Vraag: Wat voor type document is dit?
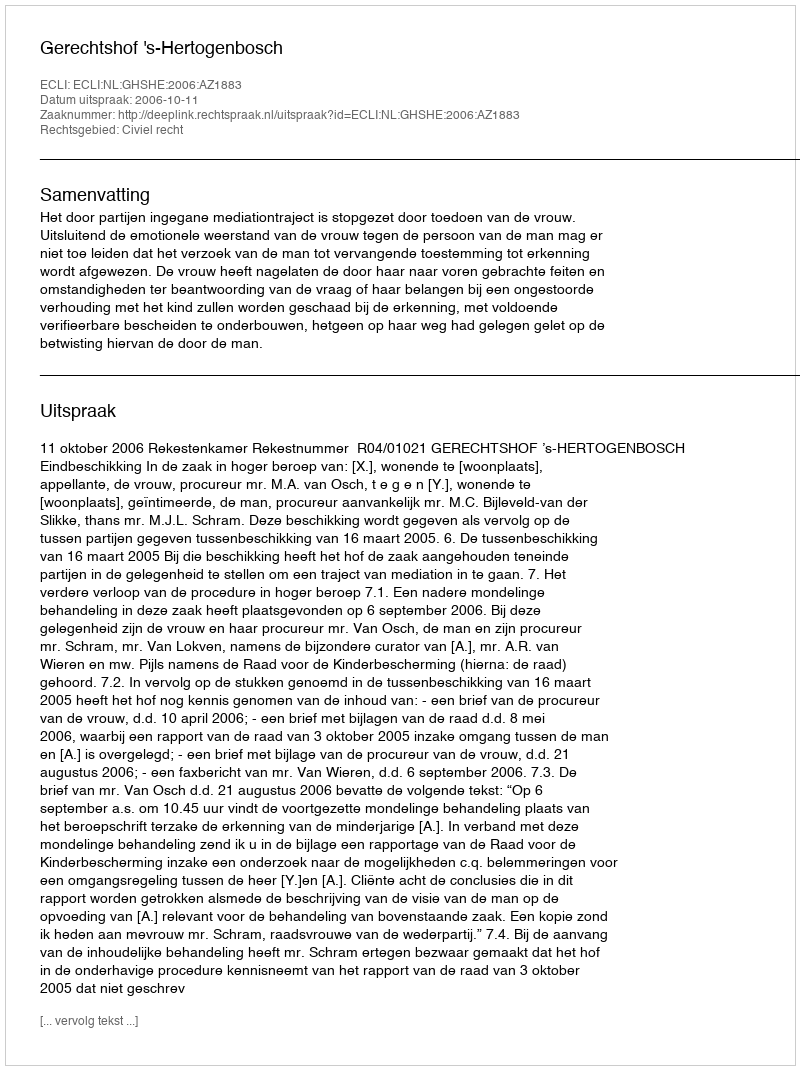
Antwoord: Uitspraak